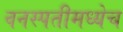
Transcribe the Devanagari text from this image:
वनस्पतीमध्येच